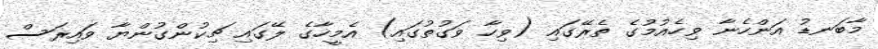
މާބަނޑު އަންހެނާ ވިހެއުމުގެ ތެރޭގައި (ވިހާ ވަގުތުގައި) އެމީހާގެ ލޭގައި ޗިކުންގުންޔާ ވައިރަސް